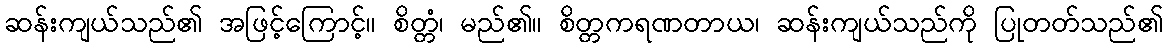
ဆန်းကျယ်သည်၏ အဖြင့်ကြောင့်။ စိတ္တံ၊ မည်၏။ စိတ္တကရဏတာယ၊ ဆန်းကျယ်သည်ကို ပြုတတ်သည်၏